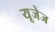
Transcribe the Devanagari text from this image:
यूजेज